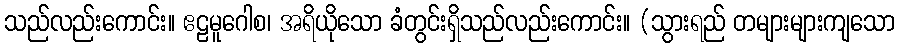
သည်လည်းကောင်း။ ဧဠမူဂေါစ၊ အရိယိုသော ခံတွင်းရှိသည်လည်းကောင်း။ (သွားရည် တများများကျသော